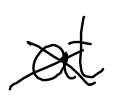
Text: at
Cross-out: cross
Writing tool: digital_black